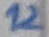
Text: 12